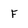
Character: F